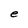
Character: e